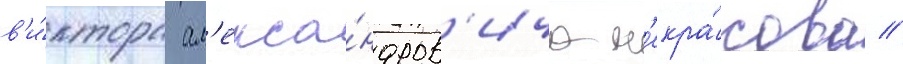
в'и́ктора ал'екса́ндров'ича н'екра́сова //